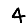
Digit: 4